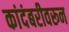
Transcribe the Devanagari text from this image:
कांदंबरीवरून